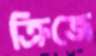
ক্রিজে